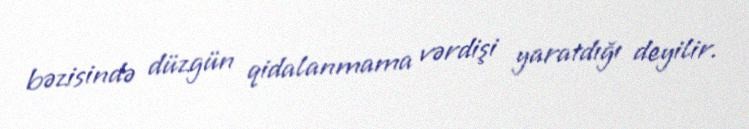
bəzisində düzgün qidalanmama vərdişi yaratdığı deyilir.